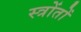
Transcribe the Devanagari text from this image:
स्त्रोंतों